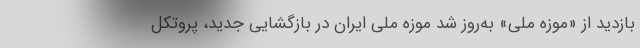
بازدید از «موزه ملی» به‌روز شد موزه ملی ایران در بازگشایی جدید، پروتکل